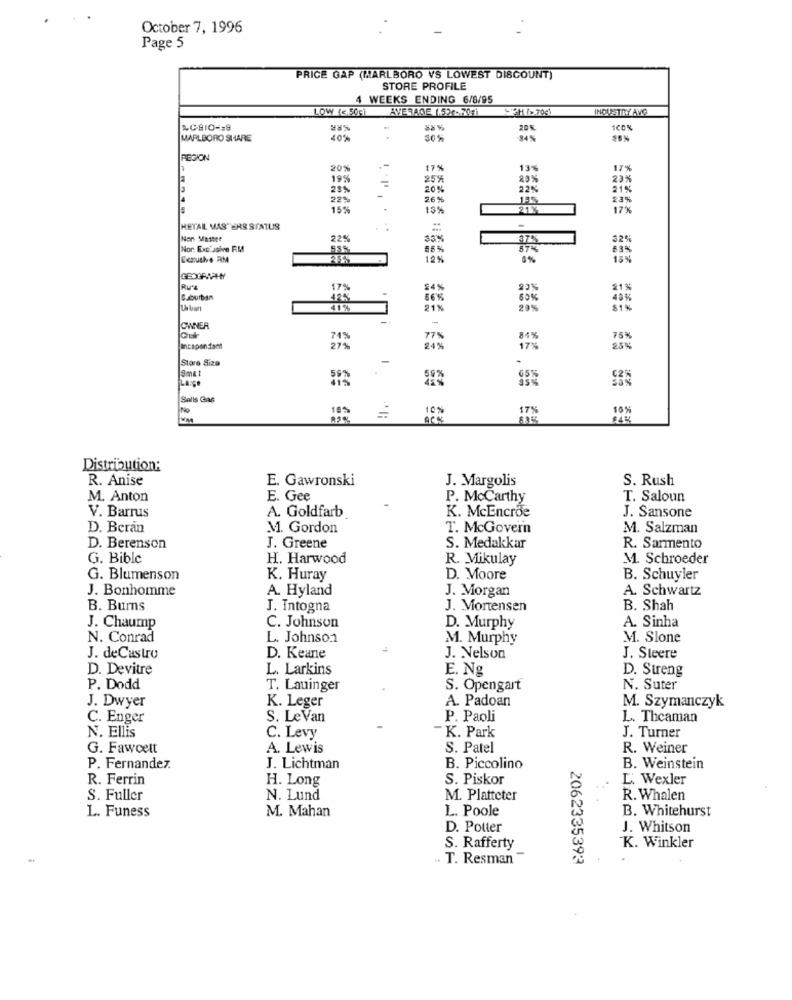
October 7, 1996
Page 5
PRICE GAP (MARLBORO VS LOWEST DISCOUNT)
STORE PROFILE
4 WEEKS ENDING 6/8/95
LOW (c.50g)
AVERAGE 1.52- 70g)
SICH /> 70g.
INDUSTRY AVO
20%
MARLBORO SHARE
40%
30%
84%
REGION
20%
17%
13%
17%
19%
25%
20%
23%
25%
20%
22%
21%
22%
26%
23%
15%
13%
21%
17%
HETAL MASTERS STATUS
=
Non Matter
22%
35%
32%
Non Exclusive RM
55%
57%
83%
Ecrushvs AM
12%
0%
15%
Rua
17%
84 %
81%
86%
60%
40%
41%
21%
29%
$1%
-
OWNER
74%
77%
84%
75%
Incapondant
24%
25%
Stare Siza
Smat
65%
Sells Gas
No
10%
17%
Distribution:
R. Anise
E. Gawronski
J. Margolis
S. Rush
M. Anton
E. Gee
P. McCarthy
T. Saloun
V. Barrus
A. Goldfarb
K. McEncroe
J. Sansone
D. Beran
M. Gordon
T. McGovern
M. Salzman
D. Berenson
J. Greene
S. Medakkar
R. Sarmento
G. Bible
H. Harwood
R. Mikulay
M. Schroeder
G. Blumenson
K. Huray
D. Moore
B. Schuyler
J. Bonhomme
A. Hyland
J. Morgan
A. Schwartz
B. Burns
J. Intogna
J. Mortensen
B. Shah
A. Sinha
J. Chaump
C. Johnson
D. Murphy
N. Conrad
L. Johnson
M. Murphy
M. Slone
J. de Castro
D. Keane
J. Nelson
J. Steere
D. Devitre
L. Larkins
E. Nº
D. Streng
P. Dodd
T. Lauinger
S. Opengart
N. Suter
K. Leger
A. Padoan
M. Szymanczyk
J. Dwyer
C. Enger
S. Le Van
P. Paoli
L. Theaman
N. Ellis
C. Levy
-K. Park
J. Turner
G. Fawcett
A. Lewis
S. Patel
R. Weiner
P. Fernandez.
J. Lichtman
B. Piccolino
B. Weinstein
R. Ferrin
H. Long
S. Piskor
L. Wexler
S. Fuller
N. Lund
M. Platteter
R. Whalen
L. Funess
M. Mahan
L. Poole
B. Whitehurst
D. Potter
J. Whitson
S. Rafferty
K. Winkler
. T. Resman
2062335393